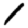
Digit: 1